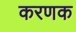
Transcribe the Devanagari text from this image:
करणक